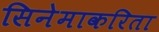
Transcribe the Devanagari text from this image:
सिनेमाकरिता